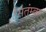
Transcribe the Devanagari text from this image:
सितंम्बर